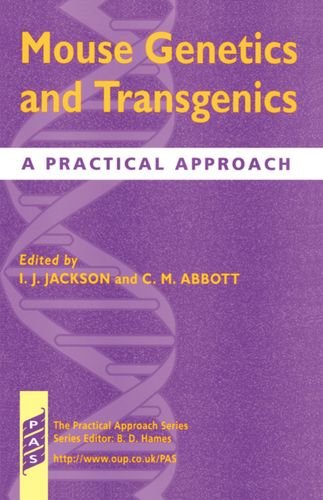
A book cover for Mouse Genetics and Transgenics: A Practical Approach; Science & Math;